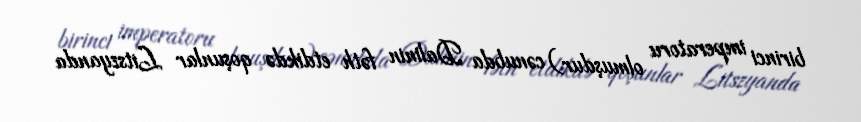
birinci imperatoru olmuşdur) cənubda Dalinin fəth etdikdə qoşunlar Litszyanda